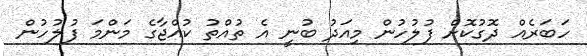
ހަބަރެއް ދޮގުކޮށް ފުލުހުން މިއަދު ބުނީ އެ ތުއްތު ކުއްޖާގެ މަންމަ ފުލުހުން